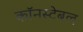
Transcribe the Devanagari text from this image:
कॉनस्टेबल